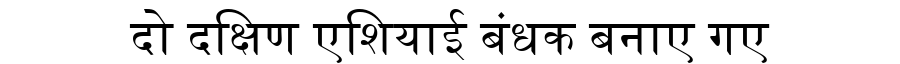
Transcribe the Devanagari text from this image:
दो दक्षिण एशियाई बंधक बनाए गए